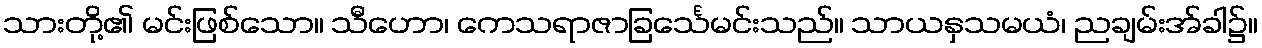
သားတို့၏ မင်းဖြစ်သော။ သီဟော၊ ကေသရာဇာခြင်္သေမင်းသည်။ သာယနှသမယံ၊ ညချမ်းအ်ခါ၌။